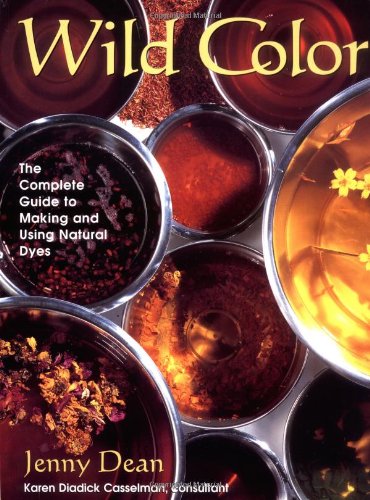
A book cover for Wild Color: The Complete Guide to Making and Using Natural Dyes; Jenny Dean; Crafts, Hobbies & Home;